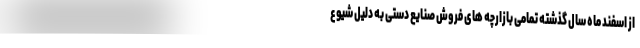
از اسفند ماه سال گذشته تمامی بازارچه های فروش صنایع دستی به دلیل شیوع